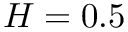
H = 0 . 5